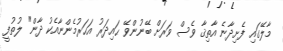
މާލޭގައި ފެށިދާނެ އާތިޤާ ވެސް ވަރަށް ބޭނުންވޭ ޙައިދަރު އަހަރުމެންނާއެކު ދާން" ލުތުފީ